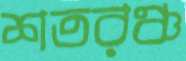
শতরঞ্চ